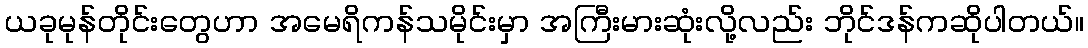
ယခုမုန်တိုင်းတွေဟာ အမေရိကန်သမိုင်းမှာ အကြီးမားဆုံးလို့လည်း ဘိုင်ဒန်ကဆိုပါတယ်။